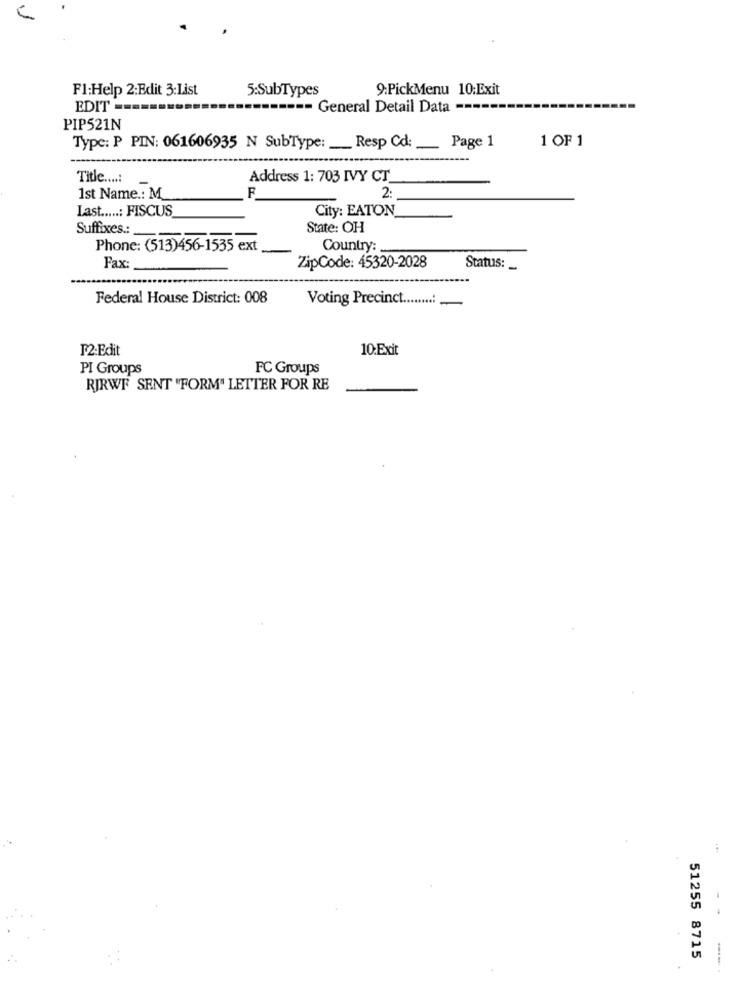
F1:Help 2:Edit 3:List
5:SubTypes
9:PickMenu 10:Exit
EDIT =
=== General Detail Data ---
PIP521N
1 OF 1
Type: P PIN: 061606935 N SubType: __ Resp Cd:
_ Page 1
Title ....:
Address 1: 703 IVY CT
F
1st Name .: M_
2
Last .....: FISCUS
City: EATON
State: OH
Suffixes:
Phone: (513)456-1535 ext
Country:
Fax:
ZipCode: 45320-2028
Status: _
Federal House District: 008
Voting Precinct.
.....:
F2:Edit
10.Exit
PI Groups
FC Groups
RIRWF SENT "FORM" LETTER FOR RE
51255 8715